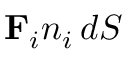
\mathbf { F } _ { i } n _ { i } \, d S